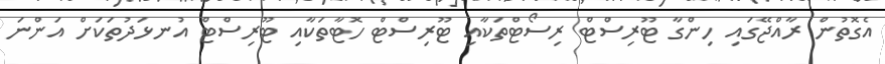
އެގޮތުން ރާއްޖޭގައި ހިންގާ ޓޫރިސްޓް ރިސޯޓްތަކާއި ޓޫރިސްޓް ހޮޓާތަކާއި ޓޫރިސްޓް އުނޅަދުތަކަށް އަންނަ